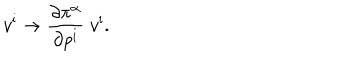
LaTeX: v ^ { \mathrm { i } } \rightarrow { \frac { \partial \pi ^ { \alpha } } { \partial p ^ { \mathrm { i } } } } \; v ^ { \mathrm { i } } .